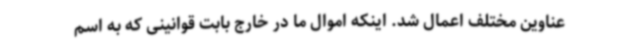
عناوین مختلف اعمال شد. اینکه اموال ما در خارج بابت قوانینی که به اسم